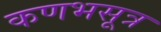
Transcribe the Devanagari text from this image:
कणभसूत्र